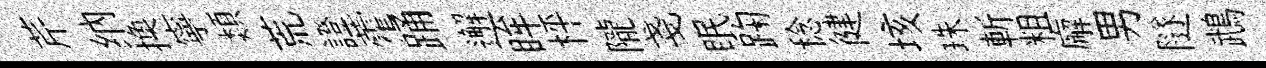
芹纳换寧類荒證藿踊邂眸枰隴戔眠踘稔徤垓珠斬粗廨男隧鵡